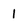
Character: 1